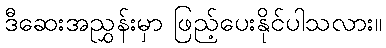
ဒီဆေးအညွှန်းမှာ ဖြည့်ပေးနိုင်ပါသလား။